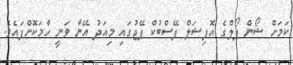
ކަމަށް ޝޯން ޕޯލްގެ އޮފިޝަލް ފޭސްބުކް ޕޭޖުގައި މިއަދު އޭނާ ވަނީ ހާމަކޮށްފައެވެ.